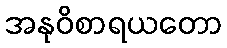
အနုဝိစာရယတော